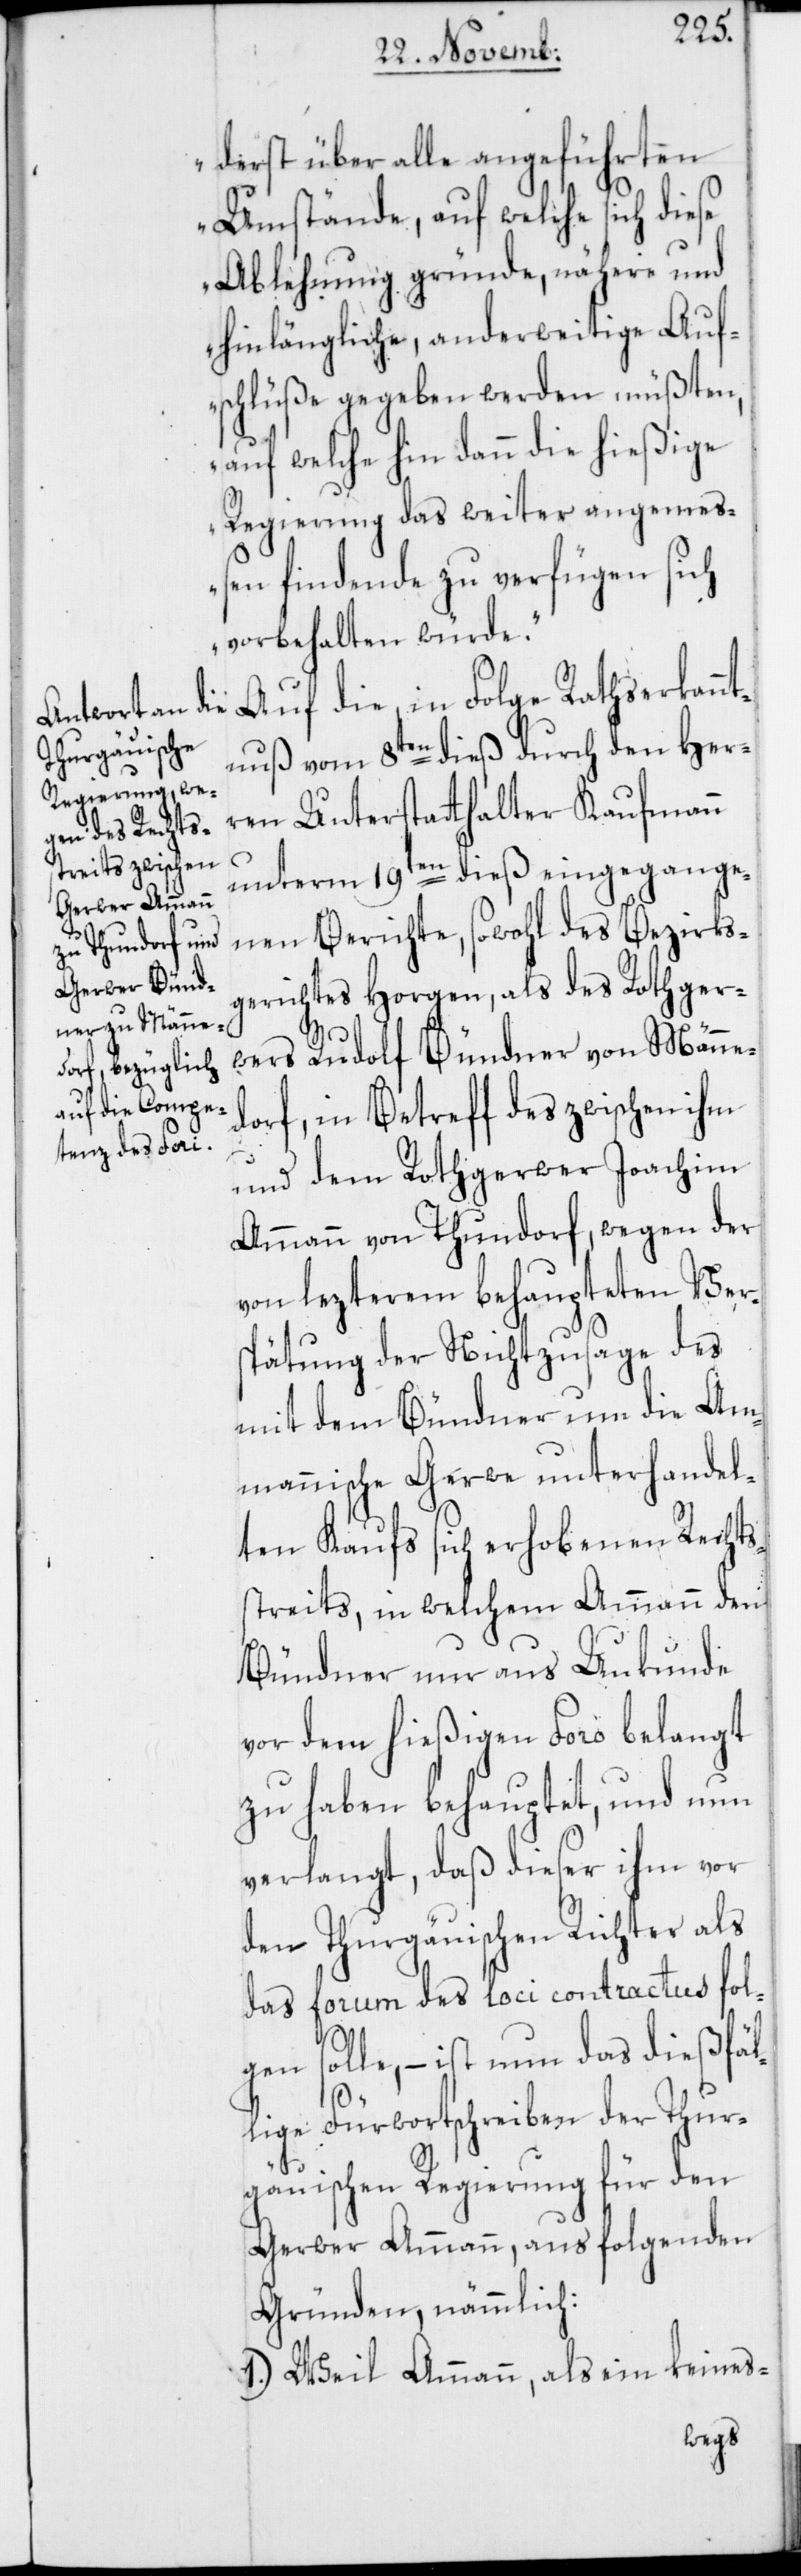
derst über alle angeführten
Umstände, auf welche sich diese
Ablehnung gründe, nähere und
hinlängliche, anderweitige Auf¬
schlüße gegeben werden müßten,
auf welche hin dann die hießige
Regierung das weiter angeme¬
ßen findende zu verfügen sich
vorbehalten würde.“
Auf die, in Folge Rathserkannt¬
nuß vom 8ten dieß durch den Her¬
ren Unterstatthalter Kaufmann
unterm 19ten dieß eingegange¬
nen Berichte, sowohl des Bezirks¬
gerichtes Horgen, als des Rothger¬
wers Rudolf Bündner von Männe¬
dorf, in Betreff des zwischen ihm
und dem Rothgerwer Joachim
Ammann von Thundorf, wegen der
von lezterem behaupteten Ver¬
spätung der Nichtzusage des
mit dem Bündner um die Am¬
mannische Gerwe unterhandel¬
ten Kaufs sich erhobenen Rechts¬
streits, in welchem Ammann den
Bündner nur aus Unkunde
vor dem hießigen Foro belangt
zu haben behauptet, und nun
verlangt, daß dieser ihm vor
den Thurgäuischen Richter als
das forum des loci contractus fol¬
gen solle, – ist nun das dießfäl¬
lige Fürwortschreiben der Thur¬
gäuischen Regierung für den
Gerwer Ammann, aus folgenden
Gründen, nämmlich:
1.) Weil Ammann, als ein keines-